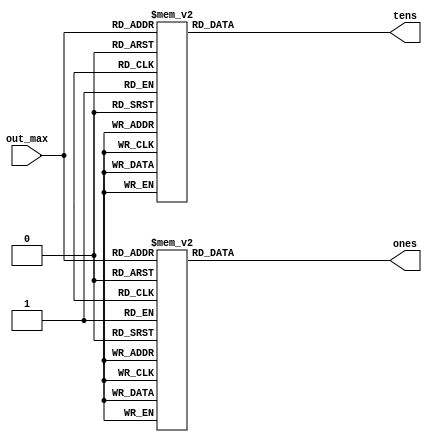
module conversion(out_max, tens, ones);
 input[7:0] out_max;
 output[7:0] tens, ones;

 reg [7:0] tens, ones;

 
always @(out_max)
begin
case(out_max)
8'b00111111:   tens=8'h30;
8'b01000000:   tens=8'h30;
8'b01000001:   tens=8'h30;
8'b01000010:   tens=8'h30;
8'b01000011:   tens=8'h30;
8'b01000100:   tens=8'h30;
8'b01000101:   tens=8'h30;
8'b01000110:   tens=8'h30;
8'b01000111:   tens=8'h30;
8'b01001000:   tens=8'h30;
8'b01001001:   tens=8'h30;
8'b01001010:   tens=8'h30;
8'b01001011:   tens=8'h30;
8'b01001100:   tens=8'h30;
8'b01001101:   tens=8'h30;
8'b01001110:   tens=8'h30;
8'b01001111:   tens=8'h30;
8'b01010000:   tens=8'h30;
8'b01010001:   tens=8'h30;
8'b01010010:   tens=8'h30;
8'b01010011:   tens=8'h30;
8'b01010100:   tens=8'h30;
8'b01010101:   tens=8'h30;
8'b01010110:   tens=8'h30;
8'b01010111:   tens=8'h30;
8'b01011000:   tens=8'h30;
8'b01011001:   tens=8'h30;
8'b01011010:   tens=8'h30;
8'b01011011:   tens=8'h30;
8'b01011100:   tens=8'h30;
8'b01011101:   tens=8'h30;
8'b01011110:   tens=8'h30;
8'b01011111:   tens=8'h30;
8'b01100000:   tens=8'h30;
8'b01100001:   tens=8'h30;
8'b01100010:   tens=8'h30;
8'b01100011:   tens=8'h30;
8'b01100100:   tens=8'h30;
8'b01100101:   tens=8'h30;
8'b01100110:   tens=8'h30;
8'b01100111:   tens=8'h30;
8'b01101000:   tens=8'h30;
8'b01101001:   tens=8'h30;
8'b01101010:   tens=8'h30;
8'b01101011:   tens=8'h30;
8'b01101100:   tens=8'h30;
8'b01101101:   tens=8'h30;
8'b01101110:   tens=8'h30;
8'b01101111:   tens=8'h30;
8'b01110000:   tens=8'h30;
8'b01110001:   tens=8'h30;
8'b01110010:   tens=8'h30;
8'b01110011:   tens=8'h30;
8'b01110100:   tens=8'h30;
8'b01110101:   tens=8'h30;
8'b01110110:   tens=8'h30;
8'b01110111:   tens=8'h30;
8'b01111000:   tens=8'h30;
8'b01111001:   tens=8'h30;
8'b01111010:   tens=8'h30;
8'b01111011:   tens=8'h30;
8'b01111100:   tens=8'h30;
8'b01111101:   tens=8'h30;
8'b01111110:   tens=8'h30;
8'b01111111:   tens=8'h30;
8'b10000000:   tens=8'h30;
8'b10000001:   tens=8'h30;
8'b10000010:   tens=8'h30;
8'b10000011:   tens=8'h30;
8'b10000100:   tens=8'h30;
8'b10000101:   tens=8'h30;
8'b10000110:   tens=8'h30;
8'b10000111:   tens=8'h30;
8'b10001000:   tens=8'h30;
8'b10001001:   tens=8'h30;
8'b10001010:   tens=8'h30;
8'b10001011:   tens=8'h30;
8'b10001100:   tens=8'h30;
8'b10001101:   tens=8'h30;
8'b10001110:   tens=8'h30;
8'b10001111:   tens=8'h30;
8'b10010000:   tens=8'h30;
8'b10010001:   tens=8'h30;
8'b10010010:   tens=8'h30;
8'b10010011:   tens=8'h30;
8'b10010100:   tens=8'h30;
8'b10010101:   tens=8'h30;
8'b10010110:   tens=8'h30;
8'b10010111:   tens=8'h30;
8'b10011000:   tens=8'h30;
8'b10011001:   tens=8'h30;
8'b10011010:   tens=8'h30;
8'b10011011:   tens=8'h30;
8'b10011100:   tens=8'h30;
8'b10011101:   tens=8'h30;
8'b10011110:   tens=8'h30;
8'b10011111:   tens=8'h30;
8'b10100000:   tens=8'h30;
8'b10100001:   tens=8'h30;
8'b10100010:   tens=8'h30;
8'b10100011:   tens=8'h30;
8'b10100100:   tens=8'h30;
8'b10100101:   tens=8'h30;
8'b10100110:   tens=8'h30;
8'b10100111:   tens=8'h30;
8'b10101000:   tens=8'h30;
8'b10101001:   tens=8'h30;
8'b10101010:   tens=8'h30;
8'b10101011:   tens=8'h30;
8'b10101100:   tens=8'h30;
8'b10101101:   tens=8'h30;
8'b10101110:   tens=8'h30;
8'b10101111:   tens=8'h30;
8'b10110000:   tens=8'h30;
8'b10110001:   tens=8'h30;
8'b10110010:   tens=8'h30;
8'b10110011:   tens=8'h30;
8'b10110100:   tens=8'h30;
8'b10110101:   tens=8'h30;
8'b10110110:   tens=8'h30;
8'b10110110:   tens=8'h30;
8'b10110110:   tens=8'h30;
8'b10110110:   tens=8'h30;
8'b10111010:   tens=8'h30;
8'b10111011:   tens=8'h30;
8'b10111100:   tens=8'h30;
8'b10111101:   tens=8'h30;
8'b10111110:   tens=8'h31;
8'b10111111:   tens=8'h31;
8'b11000000:   tens=8'h31;
8'b11000001:   tens=8'h31;
8'b11000010:   tens=8'h31;
8'b11000011:   tens=8'h31;
8'b11000100:   tens=8'h31;
8'b11000101:   tens=8'h31;
8'b11000110:   tens=8'h31;
8'b11000111:   tens=8'h31;
8'b11001000:   tens=8'h31;
8'b11001001:   tens=8'h31;
8'b11001010:   tens=8'h31;
8'b11001011:   tens=8'h31;
8'b11001100:   tens=8'h31;
8'b11001101:   tens=8'h31;
8'b11001110:   tens=8'h31;
8'b11001111:   tens=8'h31;
8'b11010000:   tens=8'h31;
8'b11010001:   tens=8'h31;
8'b11010010:   tens=8'h31;
8'b11010011:   tens=8'h31;
8'b11010100:   tens=8'h31;
8'b11010101:   tens=8'h31;
8'b11010110:   tens=8'h31;
8'b11010111:   tens=8'h31;
8'b11011000:   tens=8'h31;
8'b11011001:   tens=8'h31;
8'b11011010:   tens=8'h31;
8'b11011011:   tens=8'h31;
8'b	11011101	:	tens=	8'h	31	;
8'b	11011110	:	tens=	8'h	31	;
8'b	11011111	:	tens=	8'h	32	;
8'b	11100000	:	tens=	8'h	32	;
8'b	11100001	:	tens=	8'h	32	;
8'b	11100010	:	tens=	8'h	32	;
8'b	11100011	:	tens=	8'h	32	;
8'b	11100100	:	tens=	8'h	32	;
8'b	11100101	:	tens=	8'h	32	;
8'b	11100110	:	tens=	8'h	33	;
8'b	11100111	:	tens=	8'h	33	;
8'b	11101000	:	tens=	8'h	33	;
8'b	11101001	:	tens=	8'h	33	;
8'b	11101010	:	tens=	8'h	33	;
8'b	11101011	:	tens=	8'h	34	;
8'b	11101100	:	tens=	8'h	34	;
8'b	11101101	:	tens=	8'h	34	;
8'b	11101110	:	tens=	8'h	35	;
8'b	11101111	:	tens=	8'h	36	;
8'b	11110000	:	tens=	8'h	38	;
8'b	11110001	:	tens=	8'h	38	;
8'b	11110010	:	tens=	8'h	38	;
8'b	11110011	:	tens=	8'h	38	;
8'b	11110100	:	tens=	8'h	38	;
8'b	11110101	:	tens=	8'h	38	;
8'b	11110110	:	tens=	8'h	38	;
8'b	11110111	:	tens=	8'h	38	;
8'b	11111000	:	tens=	8'h	38	;
8'b	11111001	:	tens=	8'h	39	;
8'b	11111010	:	tens=	8'h	39	;
8'b	11111011	:	tens=	8'h	39	;
8'b	11111100	:	tens=	8'h	39	;
8'b	11111101	:	tens=	8'h	39	;
8'b	11111110	:	tens=	8'h	39	;
8'b	11111111	:	tens=	8'h	39	;

default: tens=8'h30;
endcase

case(out_max)
8'b00111111:   ones=8'h31;
8'b01000000:   ones=8'h31;
8'b01000001:   ones=8'h31;
8'b01000010:   ones=8'h31;
8'b01000011:   ones=8'h31;
8'b01000100:   ones=8'h31;
8'b01000101:   ones=8'h31;
8'b01000110:   ones=8'h31;
8'b01000111:   ones=8'h31;
8'b01001000:   ones=8'h31;
8'b01001001:   ones=8'h31;
8'b01001010:   ones=8'h31;
8'b01001011:   ones=8'h31;
8'b01001100:   ones=8'h31;
8'b01001101:   ones=8'h31;
8'b01001110:   ones=8'h31;
8'b01001111:   ones=8'h31;
8'b01010000:   ones=8'h31;
8'b01010001:   ones=8'h31;
8'b01010010:   ones=8'h31;
8'b01010011:   ones=8'h31;
8'b01010100:   ones=8'h31;
8'b01010101:   ones=8'h31;
8'b01010110:   ones=8'h31;
8'b01010111:   ones=8'h31;
8'b01011000:   ones=8'h31;
8'b01011001:   ones=8'h31;
8'b01011010:   ones=8'h31;
8'b01011011:   ones=8'h31;
8'b01011100:   ones=8'h31;
8'b01011101:   ones=8'h31;
8'b01011110:   ones=8'h31;
8'b01011111:   ones=8'h31;
8'b01100000:   ones=8'h31;
8'b01100001:   ones=8'h31;
8'b01100010:   ones=8'h31;
8'b01100011:   ones=8'h31;
8'b01100100:   ones=8'h31;
8'b01100101:   ones=8'h31;
8'b01100110:   ones=8'h31;
8'b01100111:   ones=8'h31;
8'b01101000:   ones=8'h31;
8'b01101001:   ones=8'h31;
8'b01101010:   ones=8'h31;
8'b01101011:   ones=8'h32;
8'b01101100:   ones=8'h32;
8'b01101101:   ones=8'h32;
8'b01101110:   ones=8'h32;
8'b01101111:   ones=8'h32;
8'b01110000:   ones=8'h32;
8'b01110001:   ones=8'h32;
8'b01110010:   ones=8'h32;
8'b01110011:   ones=8'h32;
8'b01110100:   ones=8'h32;
8'b01110101:   ones=8'h32;
8'b01110110:   ones=8'h32;
8'b01110111:   ones=8'h32;
8'b01111000:   ones=8'h32;
8'b01111001:   ones=8'h32;
8'b01111010:   ones=8'h32;
8'b01111011:   ones=8'h32;
8'b01111100:   ones=8'h32;
8'b01111101:   ones=8'h33;
8'b01111110:   ones=8'h33;
8'b01111111:   ones=8'h33;
8'b10000000:   ones=8'h33;
8'b10000001:   ones=8'h33;
8'b10000010:   ones=8'h33;
8'b10000011:   ones=8'h33;
8'b10000100:   ones=8'h33;
8'b10000101:   ones=8'h33;
8'b10000110:   ones=8'h33;
8'b10000111:   ones=8'h33;
8'b10001000:   ones=8'h34;
8'b10001001:   ones=8'h34;
8'b10001010:   ones=8'h34;
8'b10001011:   ones=8'h34;
8'b10001100:   ones=8'h34;
8'b10001101:   ones=8'h34;
8'b10001110:   ones=8'h34;
8'b10001111:   ones=8'h34;
8'b10010000:   ones=8'h34;
8'b10010001:   ones=8'h34;
8'b10010010:   ones=8'h34;
8'b10010011:   ones=8'h34;
8'b10010100:   ones=8'h34;
8'b10010101:   ones=8'h34;
8'b10010110:   ones=8'h34;
8'b10010111:   ones=8'h34;
8'b10011000:   ones=8'h35;
8'b10011001:   ones=8'h35;
8'b10011010:   ones=8'h35;
8'b10011011:   ones=8'h35;
8'b10011100:   ones=8'h35;
8'b10011101:   ones=8'h35;
8'b10011110:   ones=8'h35;
8'b10011111:   ones=8'h35;
8'b10100000:   ones=8'h35;
8'b10100001:   ones=8'h35;
8'b10100010:   ones=8'h35;
8'b10100011:   ones=8'h35;
8'b10100100:   ones=8'h35;
8'b10100101:   ones=8'h36;
8'b10100110:   ones=8'h36;
8'b10100111:   ones=8'h36;
8'b10101000:   ones=8'h36;
8'b10101001:   ones=8'h36;
8'b10101010:   ones=8'h36;
8'b10101011:   ones=8'h36;
8'b10101100:   ones=8'h36;
8'b10101101:   ones=8'h36;
8'b10101110:   ones=8'h36;
8'b10101111:   ones=8'h36;
8'b10110000:   ones=8'h36;
8'b10110001:   ones=8'h36;
8'b10110010:   ones=8'h36;
8'b10110011:   ones=8'h36;
8'b10110100:   ones=8'h37;
8'b10110101:   ones=8'h37;
8'b10110110:   ones=8'h38;
8'b10110110:   ones=8'h38;
8'b10110110:   ones=8'h38;
8'b10110110:   ones=8'h39;
8'b10111010:   ones=8'h39;
8'b10111011:   ones=8'h39;
8'b10111100:   ones=8'h39;
8'b10111101:   ones=8'h39;
8'b	10111110	:	ones=	8'h	30	;
8'b	10111111	:	ones=	8'h	30	;
8'b	11000000	:	ones=	8'h	30	;
8'b	11000001	:	ones=	8'h	30	;
8'b	11000010	:	ones=	8'h	30	;
8'b	11000011	:	ones=	8'h	31	;
8'b	11000100	:	ones=	8'h	31	;
8'b	11000101	:	ones=	8'h	31	;
8'b	11000110	:	ones=	8'h	31	;
8'b	11000111	:	ones=	8'h	31	;
8'b	11001000	:	ones=	8'h	32	;
8'b	11001001	:	ones=	8'h	32	;
8'b	11001010	:	ones=	8'h	32	;
8'b	11001011	:	ones=	8'h	32	;
8'b	11001100	:	ones=	8'h	32	;
8'b	11001101	:	ones=	8'h	33	;
8'b	11001110	:	ones=	8'h	33	;
8'b	11001111	:	ones=	8'h	33	;
8'b	11010000	:	ones=	8'h	33	;
8'b	11010001	:	ones=	8'h	33	;
8'b	11010010	:	ones=	8'h	34	;
8'b	11010011	:	ones=	8'h	34	;
8'b	11010100	:	ones=	8'h	34	;
8'b	11010101	:	ones=	8'h	34	;
8'b	11010110	:	ones=	8'h	34	;
8'b	11010111	:	ones=	8'h	34	;
8'b	11011000	:	ones=	8'h	34	;
8'b	11011001	:	ones=	8'h	34	;
8'b	11011010	:	ones=	8'h	34	;
8'b	11011011	:	ones=	8'h	34	;
8'b	11011100	:	ones=	8'h	35	;
8'b	11011101	:	ones=	8'h	37	;
8'b	11011110	:	ones=	8'h	38	;
8'b	11011111	:	ones=	8'h	30	;
8'b	11100000	:	ones=	8'h	31	;
8'b	11100001	:	ones=	8'h	33	;
8'b	11100010	:	ones=	8'h	35	;
8'b	11100011	:	ones=	8'h	36	;
8'b	11100100	:	ones=	8'h	38	;
8'b	11100101	:	ones=	8'h	39	;
8'b	11100110	:	ones=	8'h	31	;
8'b	11100111	:	ones=	8'h	33	;
8'b	11101000	:	ones=	8'h	34	;
8'b	11101001	:	ones=	8'h	36	;
8'b	11101010	:	ones=	8'h	38	;
8'b	11101011	:	ones=	8'h	31	;
8'b	11101100	:	ones=	8'h	34	;
8'b	11101101	:	ones=	8'h	38	;
8'b	11101110	:	ones=	8'h	37	;
8'b	11101111	:	ones=	8'h	38	;
8'b	11110000	:	ones=	8'h	31	;
8'b	11110001	:	ones=	8'h	32	;
8'b	11110010	:	ones=	8'h	33	;
8'b	11110011	:	ones=	8'h	34	;
8'b	11110100	:	ones=	8'h	35	;
8'b	11110101	:	ones=	8'h	36	;
8'b	11110110	:	ones=	8'h	37	;
8'b	11110111	:	ones=	8'h	38	;
8'b	11111000	:	ones=	8'h	39	;
8'b	11111001	:	ones=	8'h	30	;
8'b	11111010	:	ones=	8'h	31	;
8'b	11111011	:	ones=	8'h	32	;

default: ones=8'h30;
endcase
end

endmodule